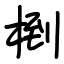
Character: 椡